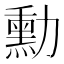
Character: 勳